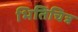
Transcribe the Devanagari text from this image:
भितिचित्र